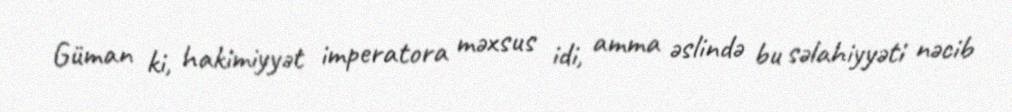
Güman ki, hakimiyyət imperatora məxsus idi, amma əslində bu səlahiyyəti nəcib